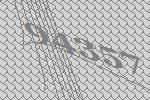
94357